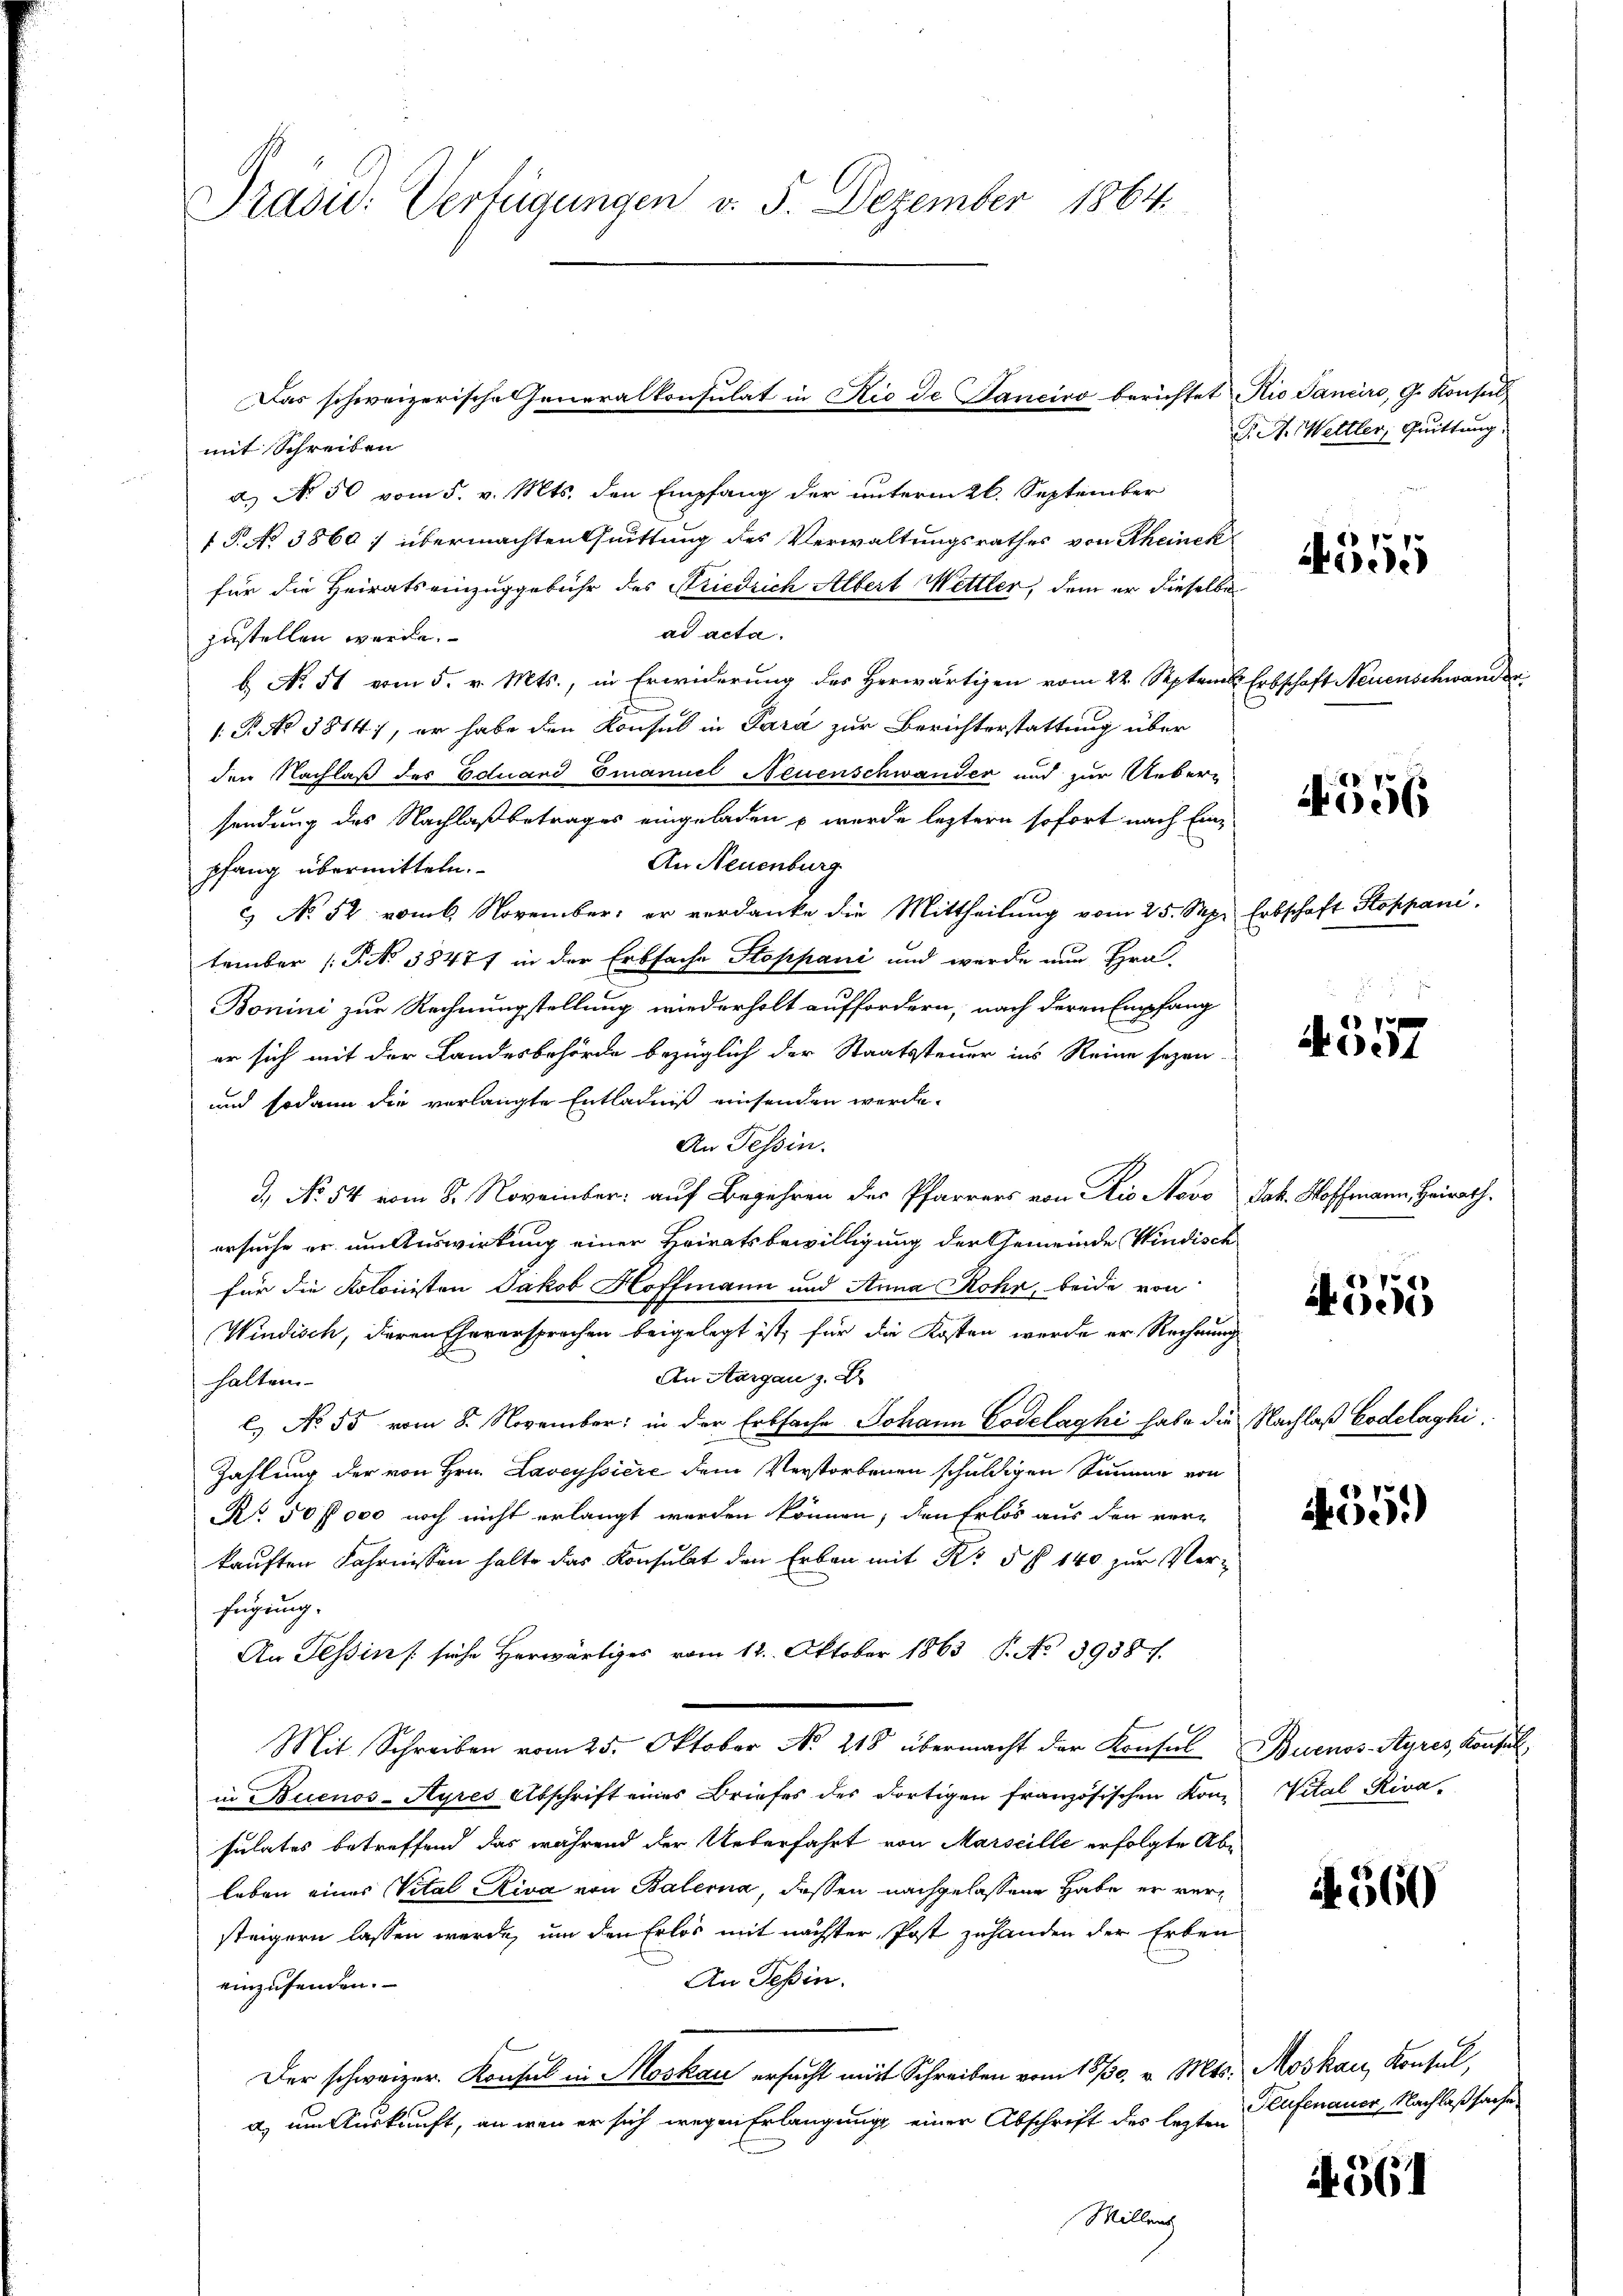
Präsid. Verfügungen v. 5. Dezember 1864.

mit Schreiben
a.) No 50 vom 5. v. Mts. den Empfang der unterm 26. September
1 P. No 3860; übermachten Quittung des Verwaltungsrathes von Rheinek
für die Heirats einzuggebühr des Friedrich Albert Mettler, dem er dieselbe
ad acta.
zustellen werde.
b No. 51 vom 5. v. Mts., in Erwiderung des Herwärtigen vom 22. Septem Erbschaft Neuenschwand
1.P. No 1814), er habe den Konsul in Para zur Berichterstattung über
den Nachlaß des Eduard Emanuel Neuenschwander und zur Ueber-
sendung des Nachlaßbetrages eingeladen u wurde leztern sofort nach Ein¬
An Neuenburg
pfang übermitteln.
2 No 52 vom 6 November: er verdanke die Mittheilung vom 25. Sep. Erbschaft Stoppani
tember (PNo 38477 in der Erbsache Stoppani und werde nun Hrn.
Bonini zur Rechnungstellung wiederholt auffordern, nach deren Empfang
er sich mit der Landesbehörde bezüglich der Staatssteuer ins Reine sezen-
und sodann die verlangte Entladniß einsenden werde.
An Tessin.
d.) No 54 vom 8. November auf Begehren des Pfarrers von Rio Novo Jak. Hoffmann, Heirath,
ersuche er um Auswirkung einer Heiratsbewilligung der Gemeinde Windisch
für die Kolonisten Jakob Hoffmann und Anna Rohr, beide von
Windisch, deren Eheversprechen beigelegt ist, für die Kosten werde er Rechnung
An Aargau z. B
halten
l. No 55 vom 8. November in der Erbsache Johann Codelaghi habe die Nachlaß Codelaghi,
Zahlung der von Hrn. Laveyssiere dem Verstorbenen schuldigen Summe von
Nr. 50 fl 000 noch nicht erlangt werden können, den Erlös aus den ver-
kauften Fahrnissen halte das Konsulat den Erben mit Kr § § 140 zur Verfügung.
An Tessin / siche Herwärtiges vom 12. Oktober 1863 P. No. 39387.
Mit Schreiben vom 25. Oktober No. 218 übermacht der Konsul Buenos-Ayres, Konsul
in Buenos-Ayres Abschrift eines Briefes des dortigen französischen Konsulates betreffend das während der Ueberfahrt von Marseille erfolgte Ableben eines Vital Riva von Balerna, dessen nachgelassene Habe er versteigern lassen werde, um den Erlös mit nächster Post zuhanden der Erben
An Teßin.
einzusenden.
Der schweizer. Konsul in Moskau ersucht mit Schreiben vom 18/30. v. Mts. Moskau, Konsul,
a) um Auskunft, an wenn er sich wegen Erlangung einer Abschrift des lezten
Willens

Das schweizerische Generalkonsulat in Rio de Tanciro berichtet Rio Sanciro, G. Konsuls

S. M. Mettler, Quittung.

4555

4556

A 357

4555

455.

Vital Rina.

4. 560

Teufenauer, Nachlaßsache

4561